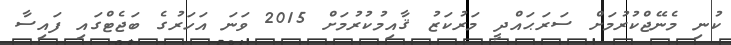
ކުނި މެނޭޖްކުރުމަށް ސަރަޙައްދީ މަރުކަޒު ޤާއިމުކުރުމަށް 2015 ވަނަ އަހަރުގެ ބަޖެޓްގައި ފައިސާ